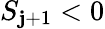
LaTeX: S_{\mathbf{j}+1}<0